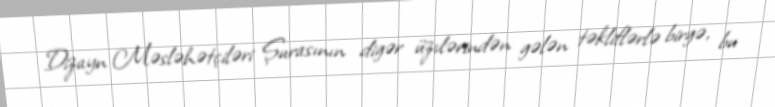
Dizayn Məsləhətçiləri Şurasının digər üzvlərindən gələn təkliflərlə birgə, bu